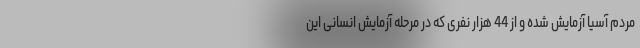
مردم آسیا آزمایش شده و از 44 هزار نفری که در مرحله آزمایش انسانی این